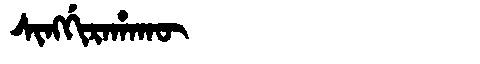
Manchu: ᠰᡳᠩᡤᡳᡵᠠᡥᠠᡴᡡ
Romanization: SINGGIRAHAKŪ